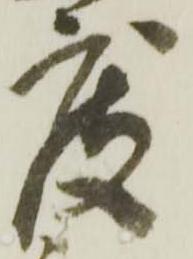
度